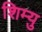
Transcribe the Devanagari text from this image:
शिम्यु